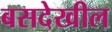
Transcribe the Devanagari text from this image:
बसदेखील